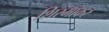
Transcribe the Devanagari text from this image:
शिरमाकर